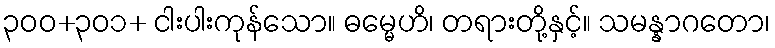
၃၀၀+၃၀၁+ ငါးပါးကုန်သော။ ဓမ္မေဟိ၊ တရားတို့နှင့်။ သမန္နာဂတော၊